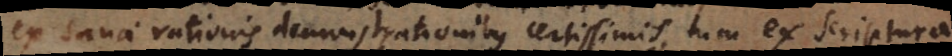
ex sanae rationis demonstrationibus certissimis, tum ex scriptura